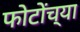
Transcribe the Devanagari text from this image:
फोटोंच्या